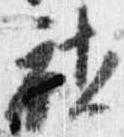
社